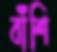
বাঁশি